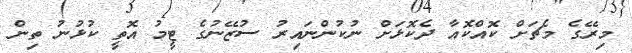
މިރޭގެ މެޗަށް ކޮއްކޮއާ ދެކޮޅަށް ނުކުންނައިރު ސުޒޭނުގެ ޓީމު އޮތީ ކުޅުނު ތިން